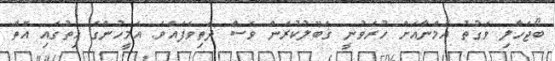
ބޯޖަހާލި ވަގުތު އަމްނާއަށް ހުރެވުނީ ޤަބޫލުކުރަން ވެސް ދަތިވެފައެވެ. އެމީހުންގެ ހިތުގައި އޮތް